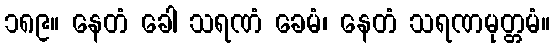
၁၈၉။ နေတံ ခေါ သရဏံ ခေမံ၊ နေတံ သရဏမုတ္တမံ။